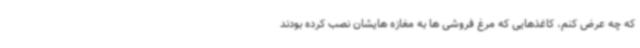
که چه عرض کنم، کاغذهایی که مرغ فروشی ها به مغازه هایشان نصب کرده بودند